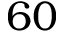
6 0